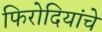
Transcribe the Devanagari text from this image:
फिरोदियांचे